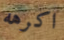
اكرهه